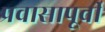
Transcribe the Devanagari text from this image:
प्रवासापूर्वी